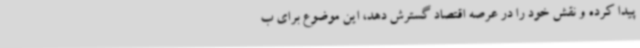
پیدا کرده و نقش خود را در عرصه اقتصاد گسترش دهد، این موضوع برای ب